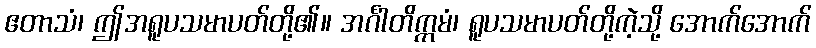
ဧတာသံ၊ ဤအရူပသမာပတ်တို့၏။ အင်္ဂါတိက္ကမံ၊ ရူပသမာပတ်တို့ကဲ့သို့ အောက်အောက်